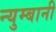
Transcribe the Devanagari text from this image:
न्युम्बानी